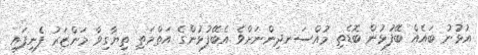
އުޅުނު ބައެއް ބޭފުޅުން ބޮޑެތި މުއްސަނދިންނަށްވެ އެބޭފުޅުންގެ އަތްމަތި ތިޔާގިވާ މަންޒަރު ފެނިފައި